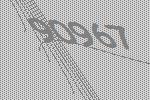
90967